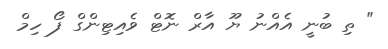
" ތި ބުނީ އެއްނު ޔޫ އާރް ނޮޓް ވެއިޓިންގް ފޯ ހިމް